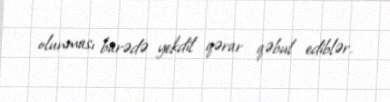
olunması barədə yekdil qərar qəbul ediblər.